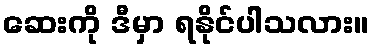
ဆေးကို ဒီမှာ ရနိုင်ပါသလား။